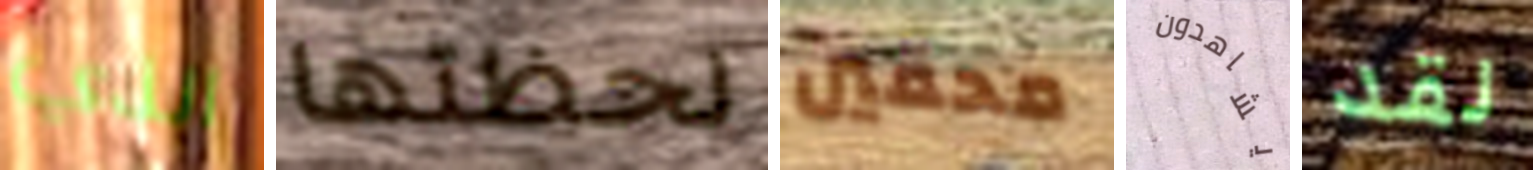
الذي لحظتها محقين يشاهدون لقد